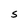
Character: S